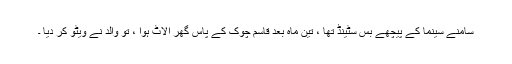
سامنے سینما کے پیچھے بس سٹینڈ تھا ، تین ماہ بعد قاسم چوک کے پاس گھر الاٹ ہوا ، تو والد نے ویٹو کر دیا ۔